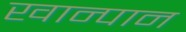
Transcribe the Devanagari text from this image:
खान्पान